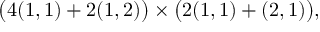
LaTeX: \big ( 4 ( 1 , 1 ) + 2 ( 1 , 2 ) \big ) \times \big ( 2 ( 1 , 1 ) + ( 2 , 1 ) \big ) ,